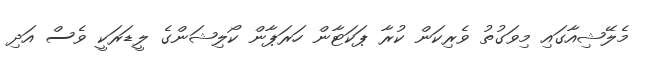
މެލޭޝިއާގައި މިވަގުތު ވެރިކަން ކުރާ ޕަކަޓާން ހަރަޕާން ކޯލިޝަންގެ ލީޑަރަކީ ވެސް އަދި